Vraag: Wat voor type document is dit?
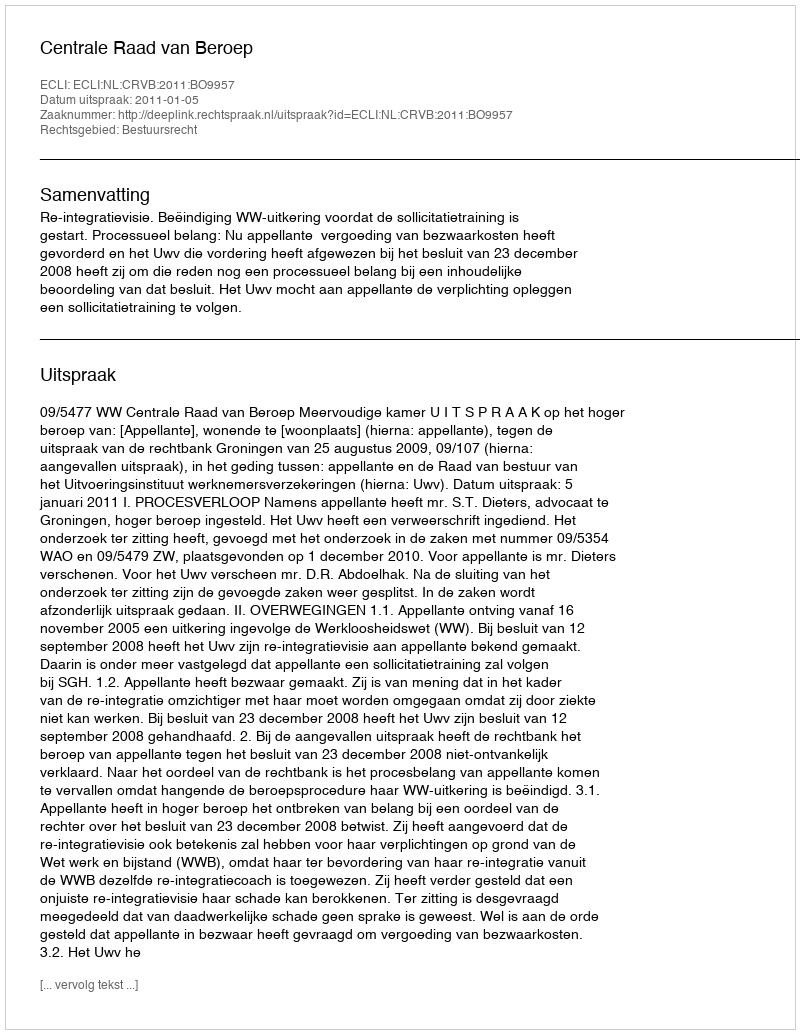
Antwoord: Uitspraak